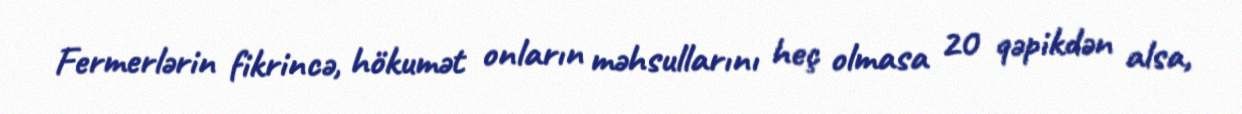
Fermerlərin fikrincə, hökumət onların məhsullarını heç olmasa 20 qəpikdən alsa,